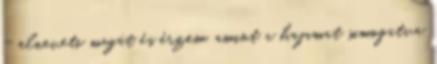
- elneveti magát és érzem, amint a hajamat simogatva